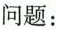
问题：